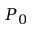
P _ { 0 }